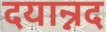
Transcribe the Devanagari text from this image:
दयान्नद